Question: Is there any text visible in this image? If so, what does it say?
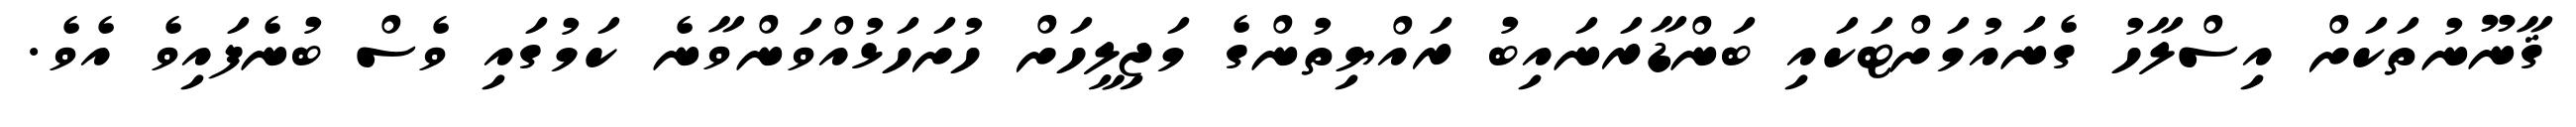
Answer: ޤާނޫނުތަކަށް އިސްލާހު ގެނައުމަށްޓަކައި ބަންޑާރަނައިބު ރައްޔިތުންގެ މަޖިލީހަށް ހުށަހަޅުއްވަންވާނެ ކަމުގައި ވެސް ބުނެފައިވެ އެވެ.